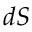
d S